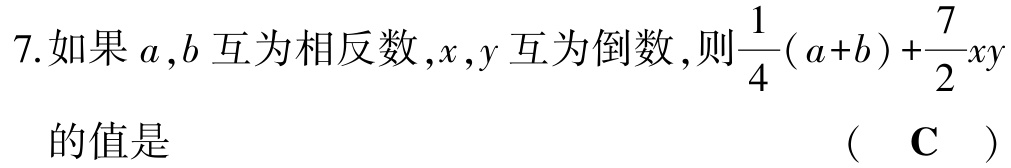
7.如果\(a,b\)互为相反数，\(x,y\)互为倒数，则\(\frac{1}{4}(a + b)+\frac{7}{2}xy\)的值是 （ C ）